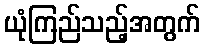
ယုံကြည်သည့်အတွက်